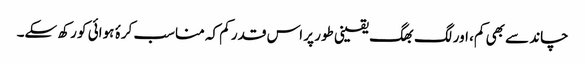
چاند سے بھی کم، اور لگ بھگ یقینی طور پر اس قدر کم کہ مناسب کرۂ ہوائی کو رکھ سکے۔